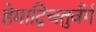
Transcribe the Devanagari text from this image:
हेमाद्रिचतुर्वर्गं